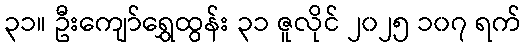
၃၁။ ဦးကျော်ရွှေထွန်း ၃၁ ဇူလိုင် ၂၀၂၅ ၁၀၇ ရက်